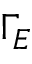
\Gamma _ { E }